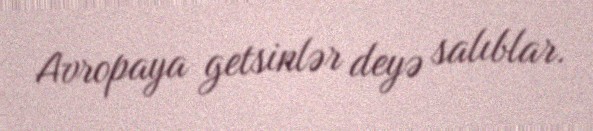
Avropaya getsinlər deyə salıblar.